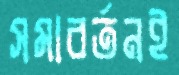
সমাবর্তনই